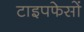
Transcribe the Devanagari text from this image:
टाइपफेसों